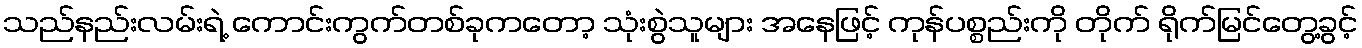
သည်နည်းလမ်းရဲ့ ကောင်းကွက်တစ်ခုကတော့ သုံးစွဲသူများ အနေဖြင့် ကုန်ပစ္စည်းကို တိုက် ရိုက်မြင်တွေ့ခွင့်